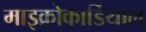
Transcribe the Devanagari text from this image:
माइक्रोकार्डियाल